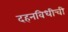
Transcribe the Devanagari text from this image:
दहनविधीची